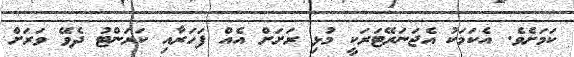
ކަމަށެވެ. އެކަމަކު އެޖަނަރޭޓަރަކީ މުޅި ރަށަށް އެއް ފަހަރާއި ކަރަންޓު ދެވޭ ވަރަށް